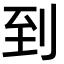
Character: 到